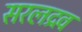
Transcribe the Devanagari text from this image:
सरलद्रव